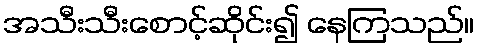
အသီးသီးစောင့်ဆိုင်း၍ နေကြသည်။